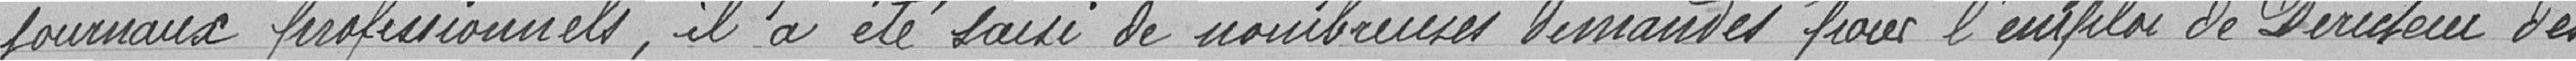
journaux professionnels, il a été saisi de nombreuses demandes pour l'emploi de Directeur des